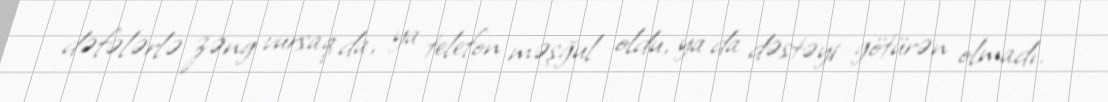
dəfələrlə zəng vursaq da, ya telefon məşğul oldu, ya da dəstəyi götürən olmadı.